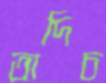
তাদিচ